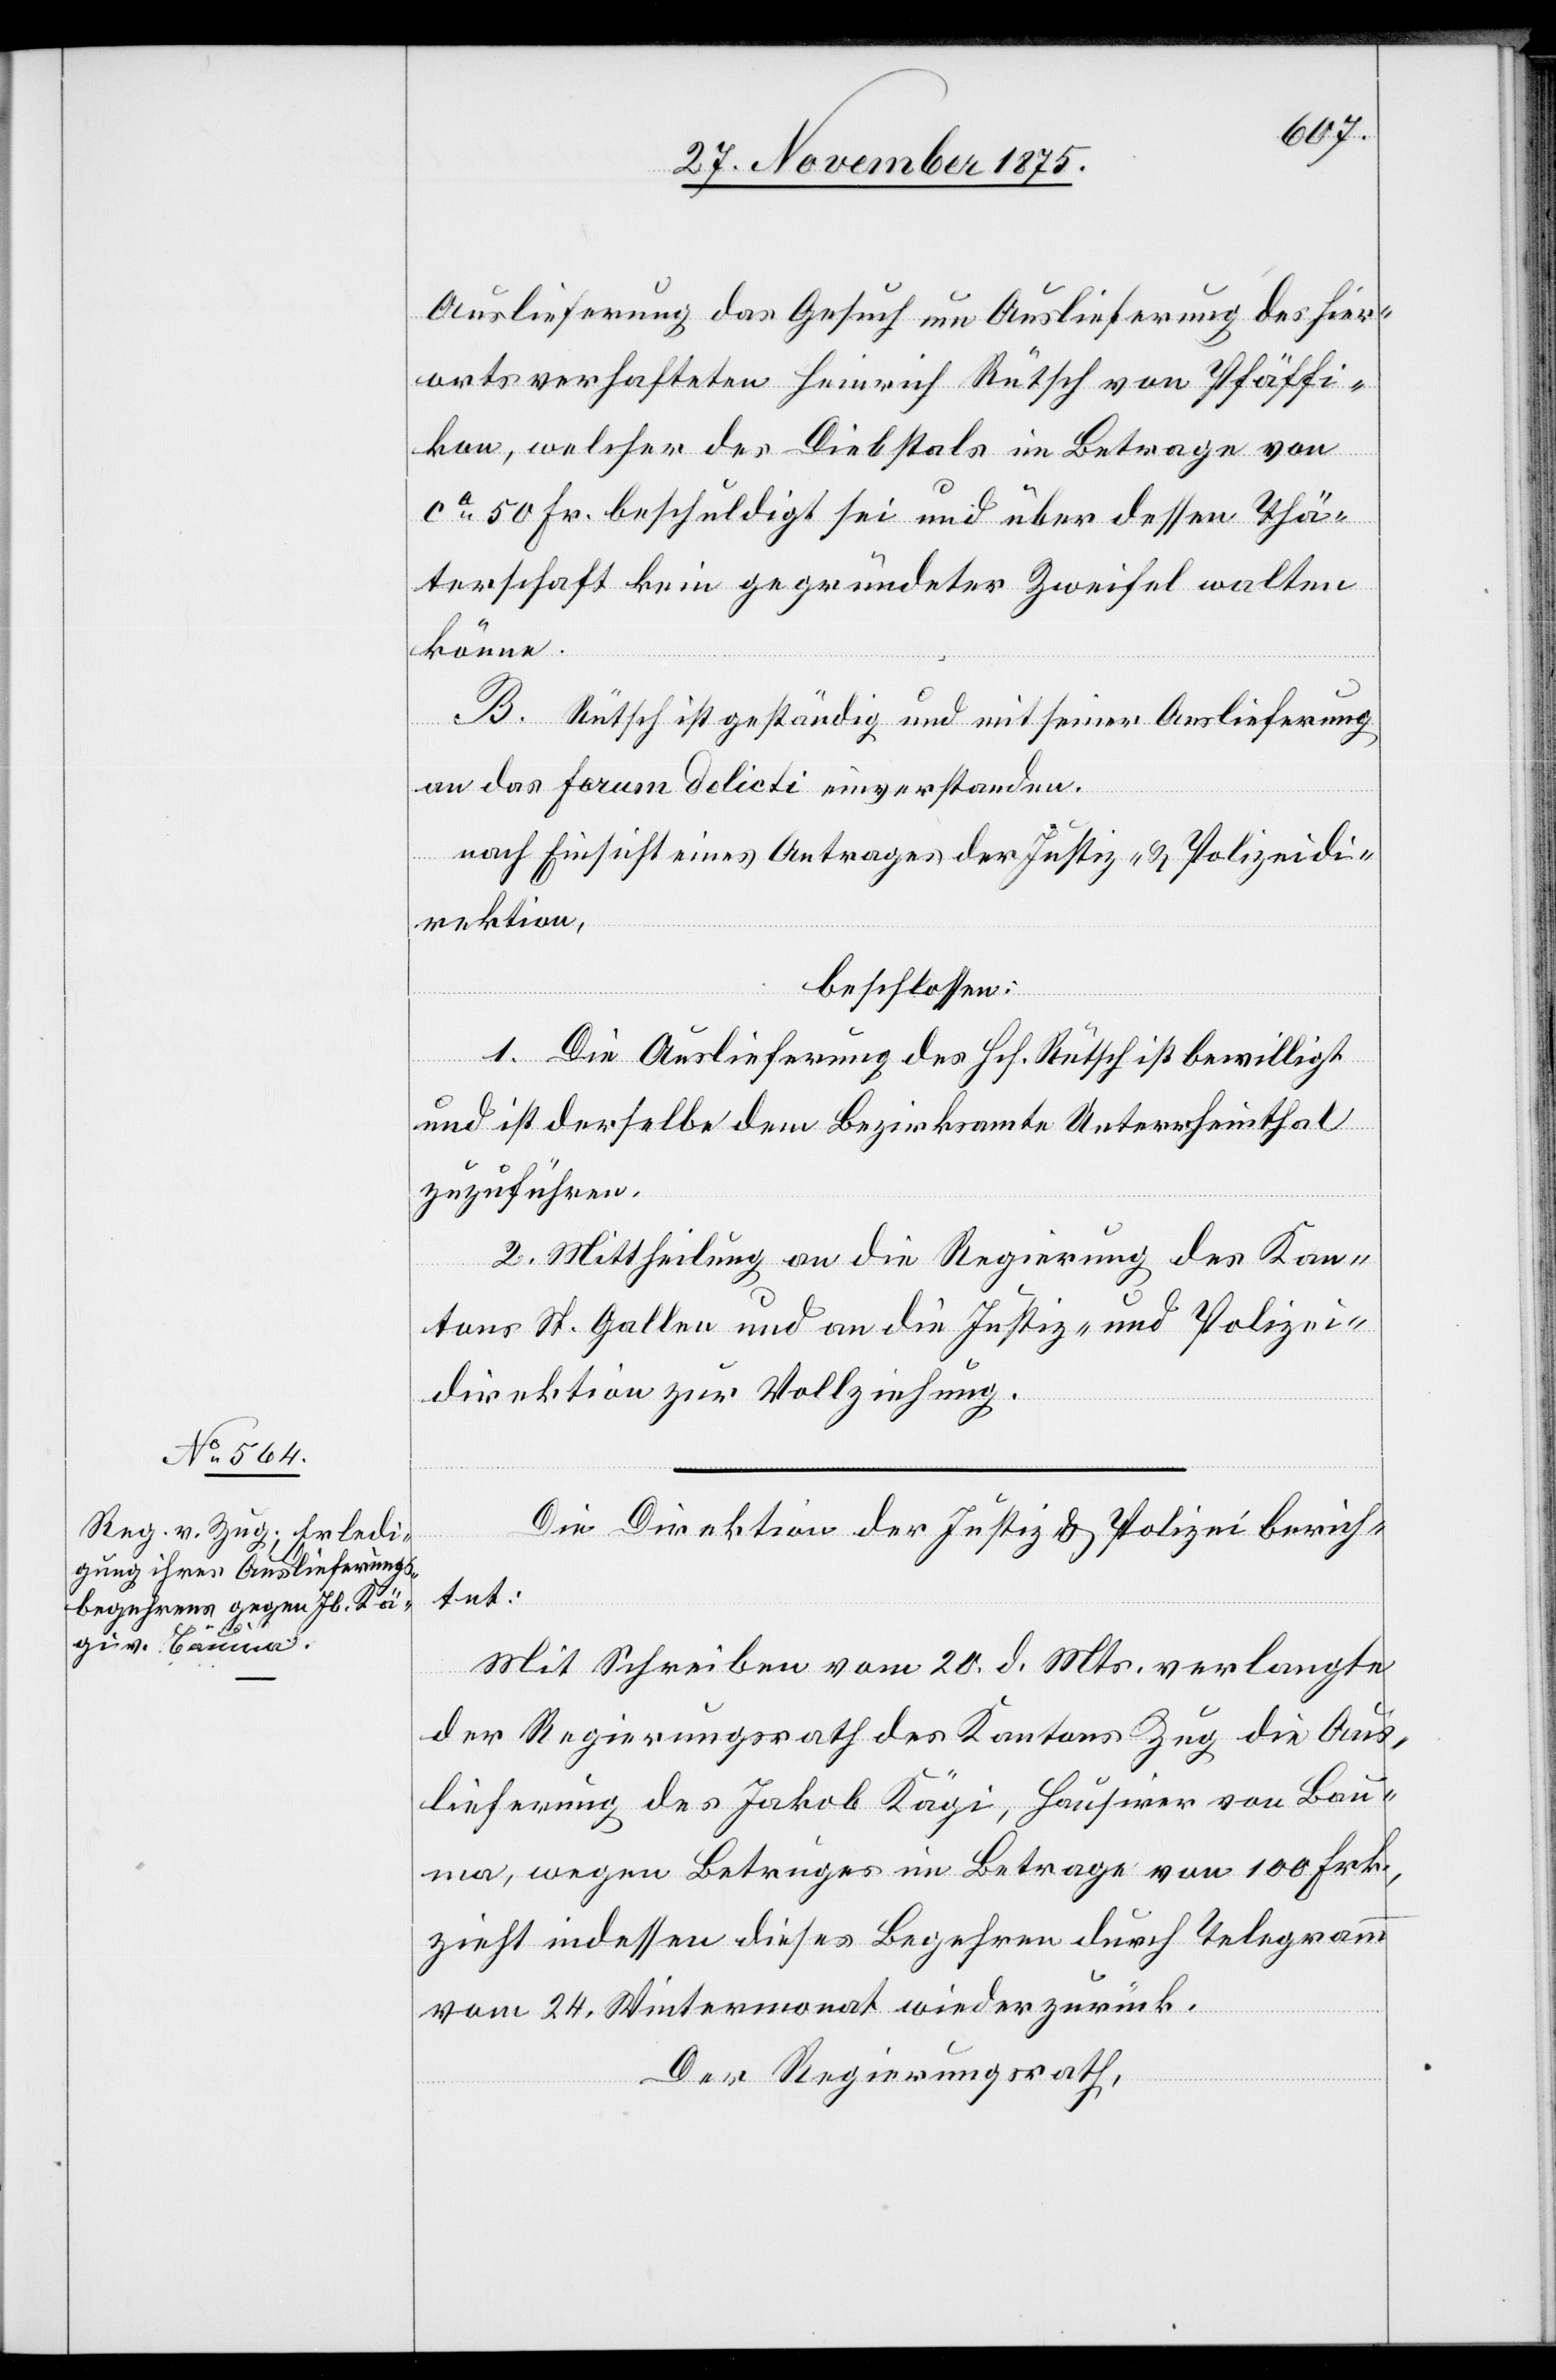
Auslieferung das Gesuch um Auslieferung des hier¬
orts verhafteten Heinrich Rütsch von Pfäffi¬
kon, welcher des Diebstals im Betrage von
ca 50 Fr. beschuldigt sei und über dessen Thä¬
terschaft kein gegründeter Zweifel walten
könne.
B. Rütsch ist geständig und mit seiner Auslieferung
an das Forum delicti einverstanden.
nach Einsicht eines Antrages der Justiz- & Polizeidi¬
rektion,
beschlossen:
1. Die Auslieferung des Hch. Rütsch ist bewilligt
und ist derselbe dem Bezirksamte Unterrheinthal
zuzuführen.
2. Mittheilung an die Regierung des Kan¬
tons St. Gallen und an die Justiz- und Polizei¬
direktion zur Vollziehung.
Die Direktion der Justiz & Polizei berich¬
tet:
Mit Schreiben vom 20. d. Mts verlangte
der Regierungsrath des Kantons Zug die Aus¬
lieferung des Jakob Kägi, Hausirer von Bau¬
ma, wegen Betruges im Betrage von 100 Frk.,
zieht indessen dieses Begehren durch Telegramm
vom 24. Wintermonat wieder zurück.
Der Regierungsrath,